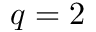
q = 2